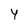
Character: y